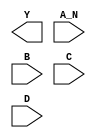
/**
 * Copyright 2020 The SkyWater PDK Authors
 *
 * Licensed under the Apache License, Version 2.0 (the "License");
 * you may not use this file except in compliance with the License.
 * You may obtain a copy of the License at
 *
 *     https://www.apache.org/licenses/LICENSE-2.0
 *
 * Unless required by applicable law or agreed to in writing, software
 * distributed under the License is distributed on an "AS IS" BASIS,
 * WITHOUT WARRANTIES OR CONDITIONS OF ANY KIND, either express or implied.
 * See the License for the specific language governing permissions and
 * limitations under the License.
 *
 * SPDX-License-Identifier: Apache-2.0
 */

`ifndef SKY130_FD_SC_MS__NAND4B_BLACKBOX_V
`define SKY130_FD_SC_MS__NAND4B_BLACKBOX_V

/**
 * nand4b: 4-input NAND, first input inverted.
 *
 * Verilog stub definition (black box without power pins).
 *
 * WARNING: This file is autogenerated, do not modify directly!
 */

`timescale 1ns / 1ps
`default_nettype none

(* blackbox *)
module sky130_fd_sc_ms__nand4b (
    Y  ,
    A_N,
    B  ,
    C  ,
    D
);

    output Y  ;
    input  A_N;
    input  B  ;
    input  C  ;
    input  D  ;

    // Voltage supply signals
    supply1 VPWR;
    supply0 VGND;
    supply1 VPB ;
    supply0 VNB ;

endmodule

`default_nettype wire
`endif  // SKY130_FD_SC_MS__NAND4B_BLACKBOX_V